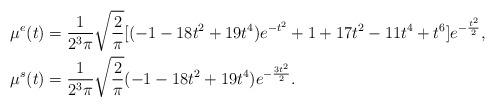
LaTeX: \begin{align*}\mu^e(t)&=\frac{1}{2^3 \pi} \sqrt{\frac{2}{\pi}} [(-1-18 t^2+19 t^4) e^{-t^2} +1+17 t^2-11 t^4+t^6] e^{-\frac{t^2}{2}}, \\\mu^s(t)&=\frac{1}{2^3 \pi} \sqrt{\frac{2}{\pi}} (-1-18 t^2+19 t^4) e^{-\frac{3 t^2}{2}}. \end{align*}